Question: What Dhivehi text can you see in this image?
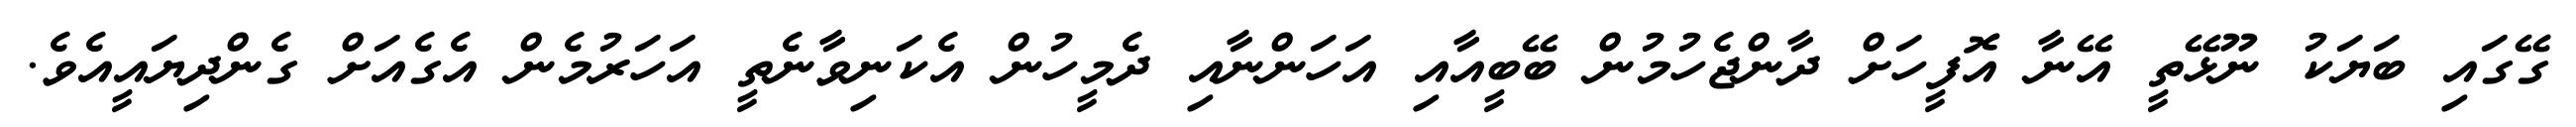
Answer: ގޭގައި ބަޔަކު ނޫޅޭތީ އޭނާ އޮފީހަށް ދާންޖެހުމުން ބޭބީއާއި އަހަންނާއި ދެމީހުން އެކަނިވާނެތީ އަހަރުމެން އެގެއަށް ގެންދިޔައީއެވެ.